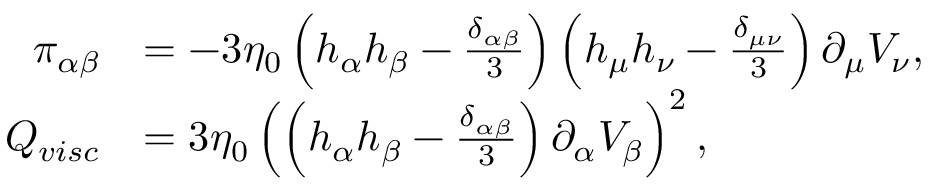
\begin{array} { r l } { \pi _ { \alpha \beta } } & { = - 3 \eta _ { 0 } \left( h _ { \alpha } h _ { \beta } - \frac { \delta _ { \alpha \beta } } { 3 } \right) \left( h _ { \mu } h _ { \nu } - \frac { \delta _ { \mu \nu } } { 3 } \right) \partial _ { \mu } V _ { \nu } , } \\ { Q _ { v i s c } } & { = 3 \eta _ { 0 } \left( \left( h _ { \alpha } h _ { \beta } - \frac { \delta _ { \alpha \beta } } { 3 } \right) \partial _ { \alpha } V _ { \beta } \right) ^ { 2 } , } \end{array}